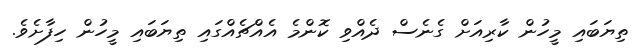
ތިޔަބައި މީހުން ކާރިއަށް ގެނެސް ދެއްވި ކޮންމެ އެއްޗެއްގައި ތިޔަބައި މީހުން ހިފާށެވެ.